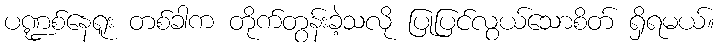
ပဏ္ဍစ်နေရူး တစ်ခါက တိုက်တွန်းခဲ့သလို ပြုပြင်လွယ်သောစိတ် ရှိရမယ်။